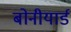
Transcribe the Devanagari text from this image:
बोनीयार्ड